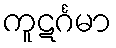
ကူဋင်္ဂမာ